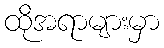
ထိုအရာများမှာ